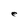
Character: e